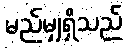
မည်မျှရှိသည်